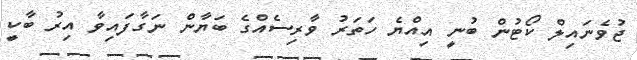
ޖުވެނައިލް ކޯޓުން ބުނީ އިއްޔެ ހަތަރު ވާރިސެއްގެ ބަޔާން ނަގާފައިވާ އިރު ބާކީ